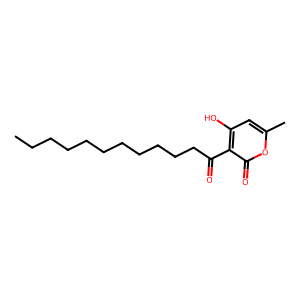
SMILES: CCCCCCCCCCCC(=O)c1c(O)cc(C)oc1=O
Inhibits HIV replication: No